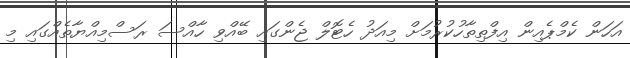
އަހަން ކެމްޕެއިން އިފްތިތާހުކުރުމަށް މިއަދު ހެޓޮލް ޖެންގައި ބޭއްވި ހާއްސަ ރަސްމިއްޔާތެއްގައި މި